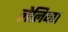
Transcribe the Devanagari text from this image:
लेलिया।